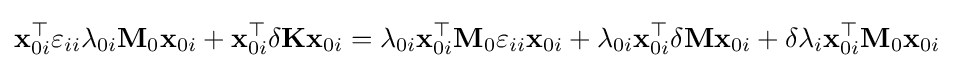
\mathbf {x} _{0i}^{\top }\varepsilon _{ii}\lambda _{0i}\mathbf {M} _{0}\mathbf {x} _{0i}+\mathbf {x} _{0i}^{\top }\delta \mathbf {K} \mathbf {x} _{0i}=\lambda _{0i}\mathbf {x} _{0i}^{\top }\mathbf {M} _{0}\varepsilon _{ii}\mathbf {x} _{0i}+\lambda _{0i}\mathbf {x} _{0i}^{\top }\delta \mathbf {M} \mathbf {x} _{0i}+\delta \lambda _{i}\mathbf {x} _{0i}^{\top }\mathbf {M} _{0}\mathbf {x} _{0i}